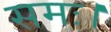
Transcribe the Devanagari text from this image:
समः।